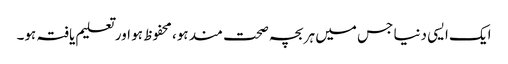
ایک ایسی دنیا جس میں ہر بچہ صحت مند ہو، محفوظ ہو اور تعلیم یافتہ ہو۔